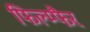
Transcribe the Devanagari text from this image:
फिल्म्फैर